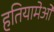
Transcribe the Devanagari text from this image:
हतियामेओ